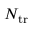
N _ { \mathrm { t r } }